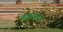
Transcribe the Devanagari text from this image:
चक्रतीर्था